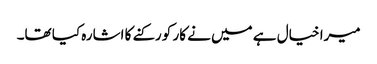
میرا خیال ہے میں نے کار کو رکنے کا اشارہ کیا تھا۔